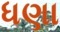
ધણા